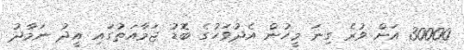
30000 އަށް ވުރެ ގިނަ މީހުން އެދުވަހުގެ ބޮޑު ޖަމާއަތުގައި އީދު ނަމާދު